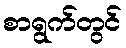
စာရွက်တွင်